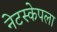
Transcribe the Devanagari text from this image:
नेटस्केपला